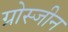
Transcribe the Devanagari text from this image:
ग्रोस्जीन